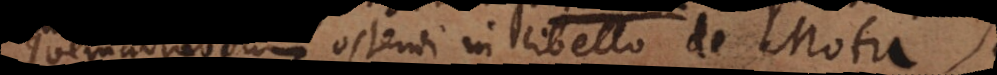
madmodum ostendi in libello de Mot